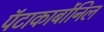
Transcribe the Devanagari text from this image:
पॅटाकार्बोनिल